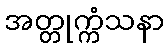
အတ္တုက္ကံသနာ